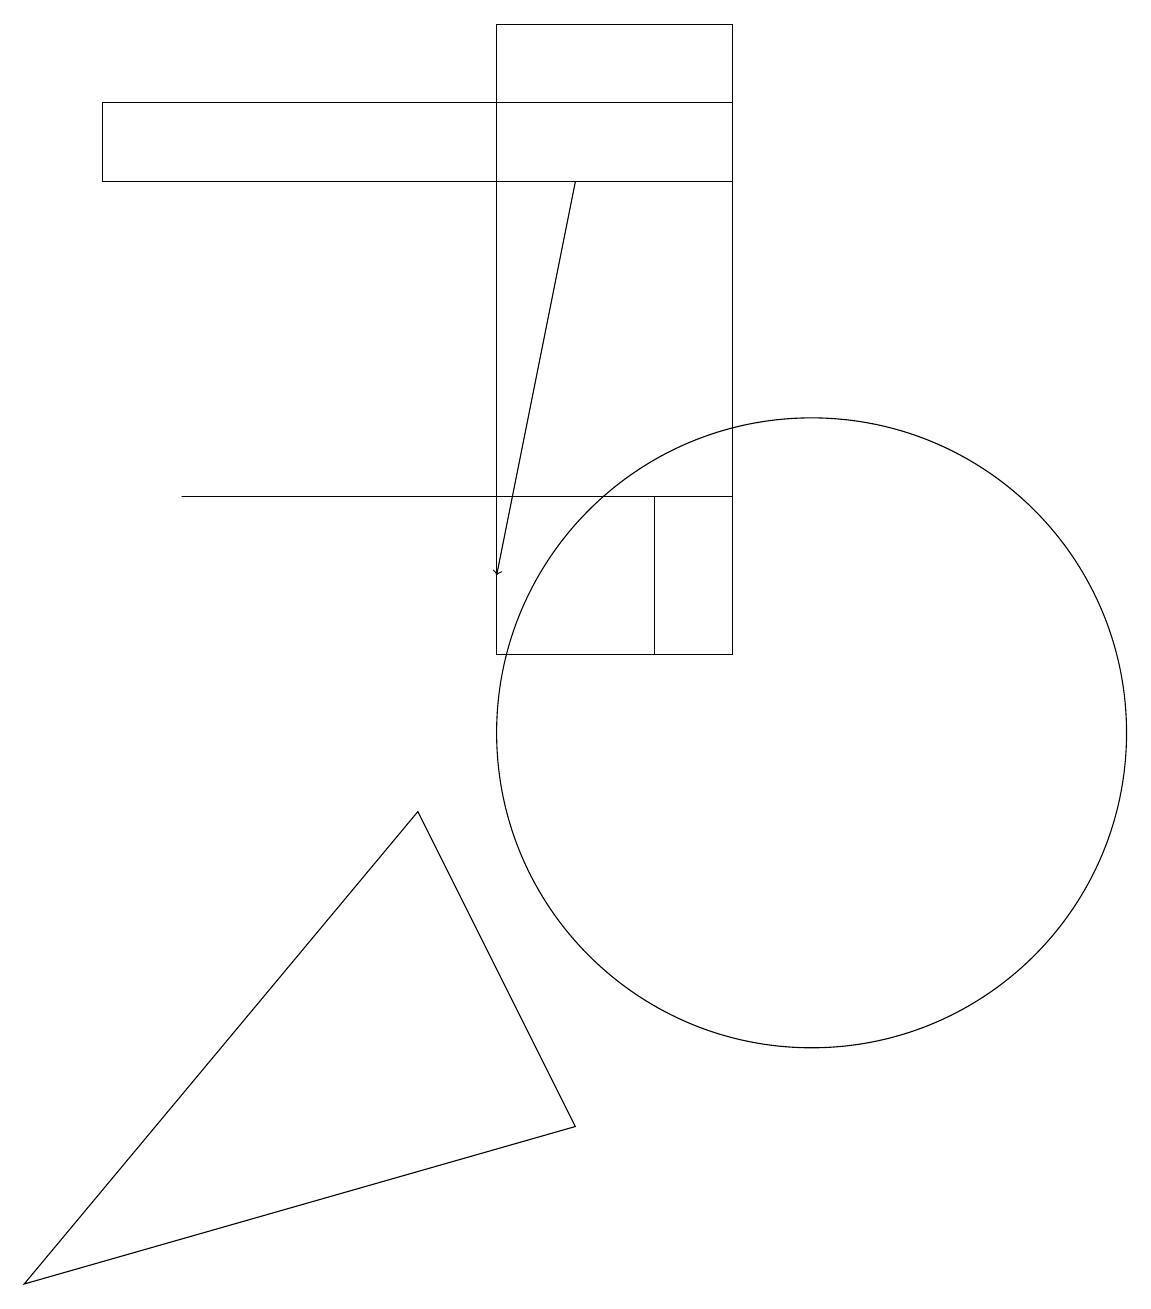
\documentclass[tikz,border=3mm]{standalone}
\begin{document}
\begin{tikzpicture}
\draw (0,3) -- (7,5) -- (5,9) -- cycle;
\draw (9,17) rectangle (1,18);
\draw (9,11) rectangle (6,19);
\draw (11,11) circle (0);
\draw (8,13) rectangle (9,11);
\draw[->] (7,17) -- (6,12);
\draw (10,10) circle (4);
\draw (2,13) rectangle (8,13);
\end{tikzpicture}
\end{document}